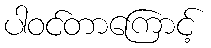
ပါဝင်တာကြောင့်